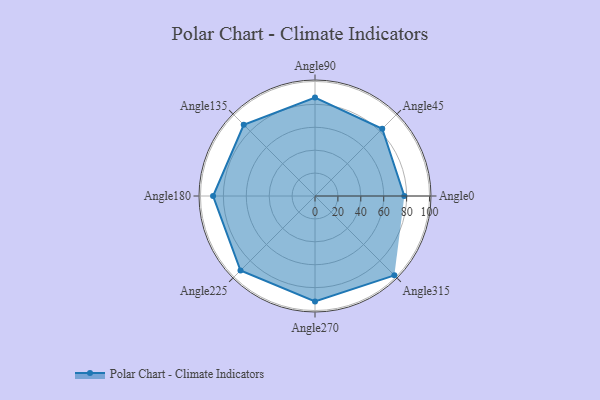
{"axis": {"x": "Angle", "y": "Radius"}, "legend": [""], "data": [{"x": "Angle0", "y": 78.0, "type": ""}, {"x": "Angle45", "y": 83.0, "type": ""}, {"x": "Angle90", "y": 86.0, "type": ""}, {"x": "Angle135", "y": 88.0, "type": ""}, {"x": "Angle180", "y": 89.0, "type": ""}, {"x": "Angle225", "y": 92.0, "type": ""}, {"x": "Angle270", "y": 92.0, "type": ""}, {"x": "Angle315", "y": 98.0, "type": ""}]}